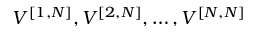
V ^ { [ { 1 } , { N } ] } , V ^ { [ { 2 } , { N } ] } , \ldots , V ^ { [ { N } , { N } ] }